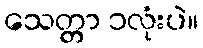
သေတ္တာ ၁လုံးပဲ။